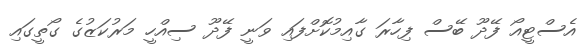
އެސްޓީއޯ ފޭދޫ ބޭސް ފިހާރަ ގާއިމުކޮށްފައި ވަނީ ފޭދޫ ސިއްހީ މަރުކަޒުގެ ގޯތީގައި